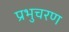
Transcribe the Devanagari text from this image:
प्रभुचरण